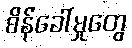
စိန်ခေါ်မှုတွေ